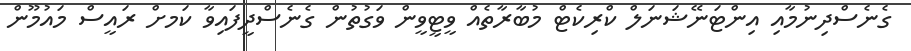
ގެނެސްދިނުމާއި އިންޓަނޭޝަނަލް ކްރިކެޓް މުބާރާތެއް ވީޓީވީން ވަގުތުން ގެނެސްދީފައިވާ ކަމށް ރައީސް މައުމޫން